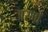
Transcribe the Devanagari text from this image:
अरमां